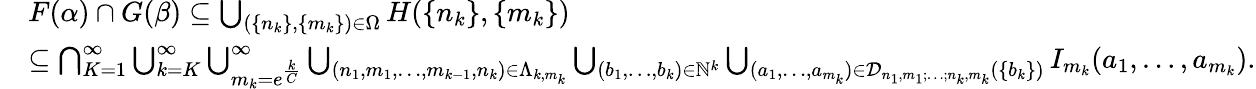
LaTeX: \begin{array}{rl}&{F(\alpha)\cap G(\beta)\subseteq\bigcup_{(\{ n_{k}\} ,\{ m_{k}\} )\in\Omega}H(\{ n_{k}\} ,\{ m_{k}\} )}\\ &{\subseteq\bigcap_{K=1}^{\infty}\bigcup_{k=K}^{\infty}\bigcup_{m_{k}=e^{\frac{k}{C}}}^{\infty}\bigcup_{(n_{1},m_{1},\ldots,m_{k-1},n_{k})\in\Lambda_{k,m_{k}}}\bigcup_{(b_{1},\ldots,b_{k})\in\mathbb{N}^{k}}\bigcup_{(a_{1},\ldots,a_{m_{k}})\in\mathcal{D}_{n_{1},m_{1};\ldots;n_{k},m_{k}}(\{ b_{k}\} )}I_{m_{k}}(a_{1},\ldots,a_{m_{k}}).}\end{array}